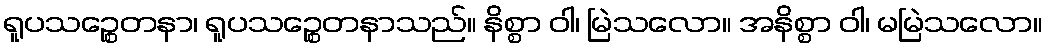
ရူပသဉ္စေတနာ၊ ရူပသဉ္စေတနာသည်။ နိစ္စာ ဝါ၊ မြဲသလော။ အနိစ္စာ ဝါ၊ မမြဲသလော။